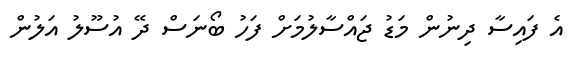
އެ ފައިސާ ދިނުން މަޑު ޖައްސާލުމަށް ފަހު ބޯނަސް ދޭ އުސޫލު އަލުން